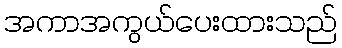
အကာအကွယ်ပေးထားသည်